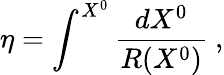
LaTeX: \eta=\int^{X^{0}}\frac{dX^{0}}{R(X^{0})}~,